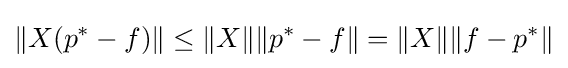
\|X(p^{*}-f)\|\leq \|X\|\|p^{*}-f\|=\|X\|\|f-p^{*}\|